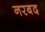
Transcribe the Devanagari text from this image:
नरबद